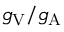
g _ { \mathrm { V } } / g _ { \mathrm { A } }